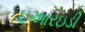
ઇઆરઇડી